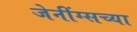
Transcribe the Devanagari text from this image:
जेनींग्सच्या